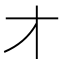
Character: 𬺱